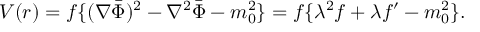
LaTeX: V ( r ) = f \{ ( \nabla \bar { \Phi } ) ^ { 2 } - \nabla ^ { 2 } \bar { \Phi } - m _ { 0 } ^ { 2 } \} = f \{ \lambda ^ { 2 } f + \lambda f ^ { \prime } - m _ { 0 } ^ { 2 } \} .